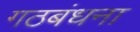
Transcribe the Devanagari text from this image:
गठबंधना